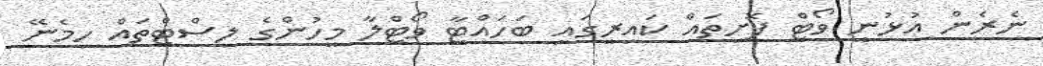
ނެރެން އުޅުނީ ވޯޓް ފޮށިތައް ކައިރީގައި ބަހައްޓާ ވޯޓްލާ މީހުންގެ ލިސްޓްތައް ހިމެނޭ